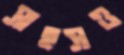
সাহসও